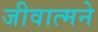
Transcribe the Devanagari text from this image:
जीवात्मने